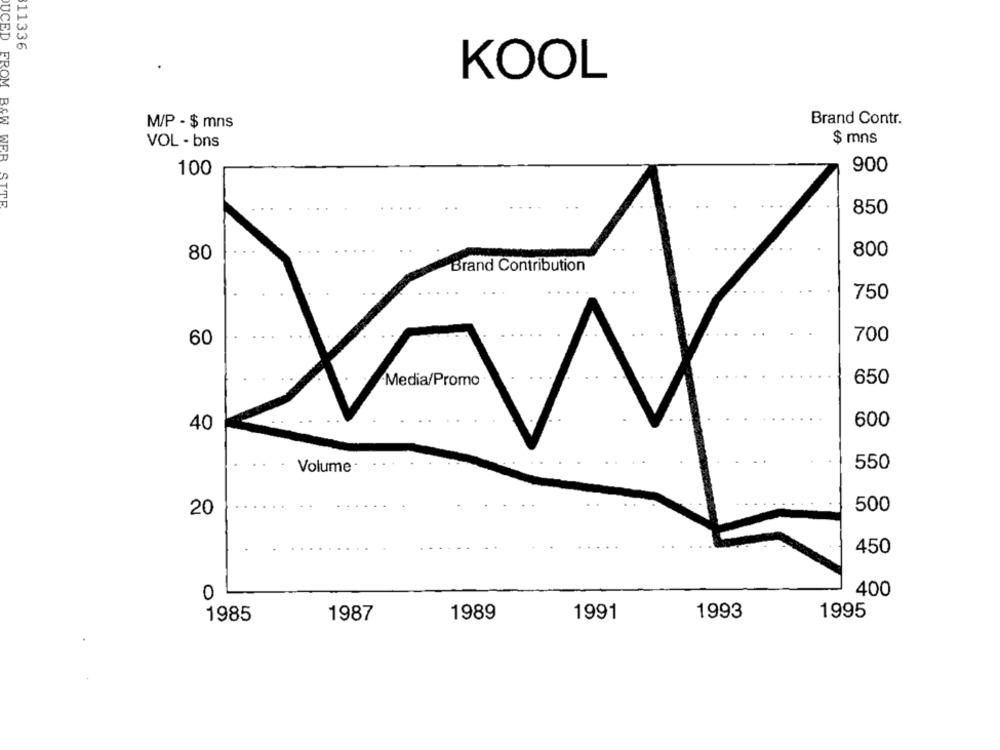
11336
KOOL
Brand Contr.
M/P - $ mns
$ mns
VOL - bns
100
900
DUCED FROM B&W WEB SITE
850
80
800
Brand Contribution
750
700
60
Media/Promo
650
40
600
550
Volume
500
20
450
400
0
1989
1991
1993
1995
1985
1987